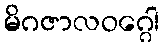
မိဂဇာလဝဂ္ဂေါ